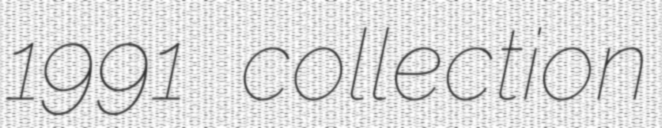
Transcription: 1991 collection